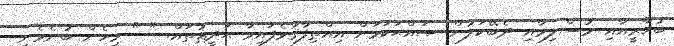
ބުޚާރީއާއި މުސްލިމާއި ދެބޭކަލުން ޞައްޙަކަމަށް އިއްތިފާޤުވެފައިވާ ޙަދީޘުތައް. " " މިހެން ބުނެވެނީ